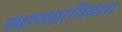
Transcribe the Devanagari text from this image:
व्यावसायिकास